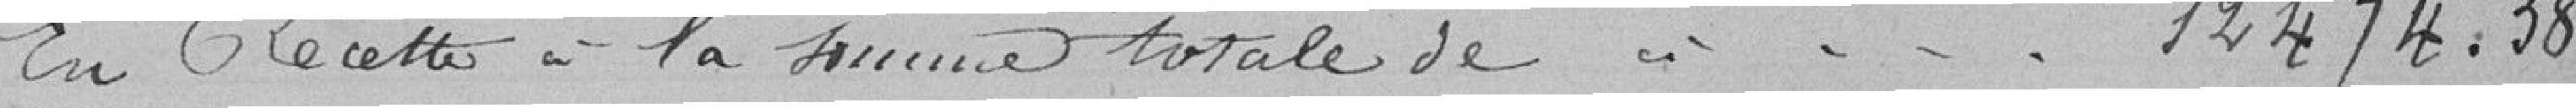
En Recettes à la somme totale de // - - -   12474.38